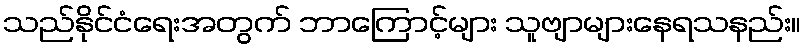
သည်နိုင်ငံရေးအတွက် ဘာကြောင့်များ သူဗျာများနေရသနည်း။